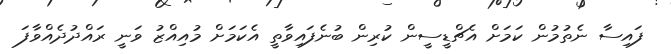
ފައިސާ ނެތުމުން ކަމަށް އެޗްޑީސީން ކުރިން ބުނެފައިވާތީ އެކަމަށް މުއިއްޒު ވަނީ ރައްދުދެއްވާފަ